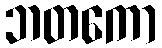
ဘတကော